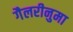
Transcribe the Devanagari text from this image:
गैलरीनुमा